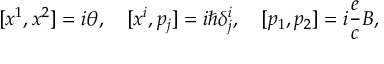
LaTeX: [ x ^ { 1 } , x ^ { 2 } ] = i \theta , \quad [ x ^ { i } , p _ { j } ] = i \hbar \delta _ { j } ^ { i } , \quad [ p _ { 1 } , p _ { 2 } ] = i \frac { e } { c } B ,